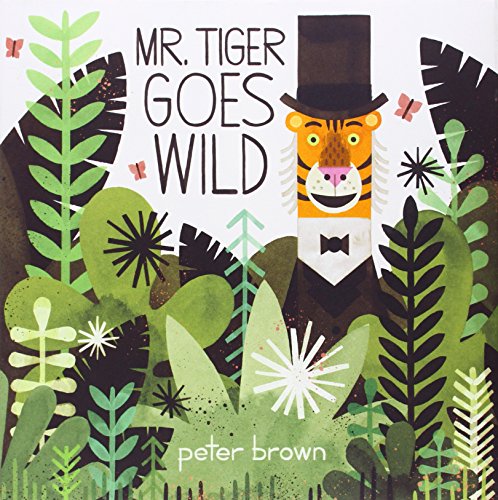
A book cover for Mr. Tiger Goes Wild (Boston Globe-Horn Book Awards (Awards)); Peter Brown; Children's Books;